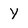
Character: Y